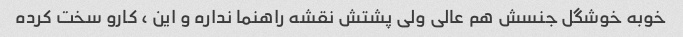
خوبه خوشگل جنسش هم عالی ولی پشتش نقشه راهنما نداره و این ، کارو سخت کرده